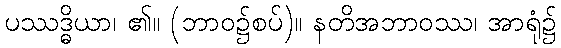
ပဿဒ္ဓိယာ၊ ၏။ (ဘာဝ၌စပ်)။ နတိအဘာဝဿ၊ အာရုံ၌